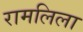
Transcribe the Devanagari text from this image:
रामलिला